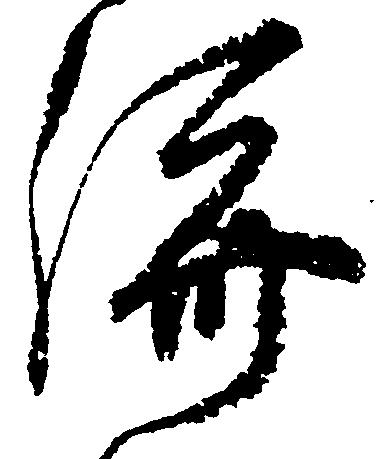
済